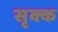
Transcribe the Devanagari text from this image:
सृक्क